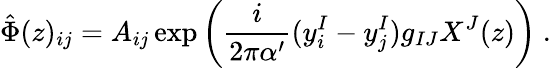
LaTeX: \hat{\Phi}(z)_{ij}=A_{ij}\exp\left(\frac{i}{2\pi\alpha^{\prime}}(y_{i}^{I}-y_{j}^{I})g_{IJ}X^{J}(z)\right)\ .